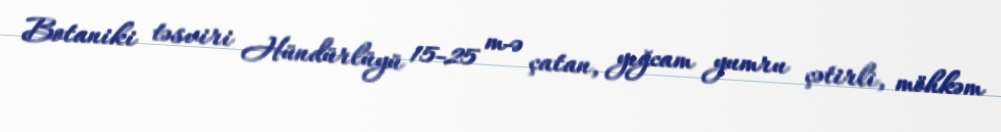
Botaniki təsviri Hündürlüyü 15-25 m-ə çatan, yığcam yumru çətirli, möhkəm